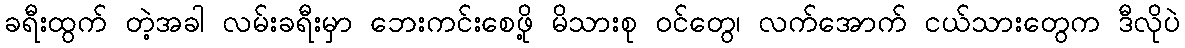
ခရီးထွက် တဲ့အခါ လမ်းခရီးမှာ ဘေးကင်းစေဖို့ မိသားစု ဝင်တွေ၊ လက်အောက် ငယ်သားတွေက ဒီလိုပဲ